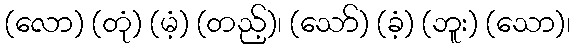
(လော) (တုံ) (မံ့) (တည့်)၊ (သော်) (ခံ့) (ဘူး) (သော)၊